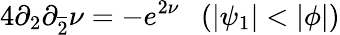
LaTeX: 4\partial_{2}\partial_{\overline{{{2}}}}\nu=-e^{2\nu}~~~(|\psi_{1}|<|\phi|)